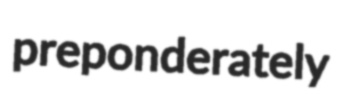
preponderately